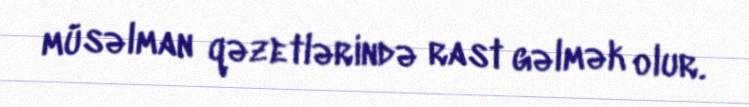
müsəlman qəzetlərində rast gəlmək olur.